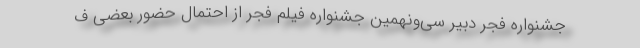
جشنواره فجر دبیر سی‌ونهمین جشنواره فیلم فجر از احتمال حضور بعضی ف